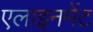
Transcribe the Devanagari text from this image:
एलाइनमेंट